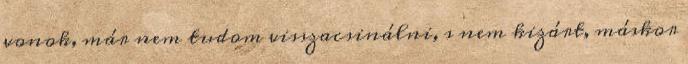
vonok, már nem tudom visszacsinálni, s nem kizárt, máskor